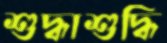
শুদ্ধাশুদ্ধি